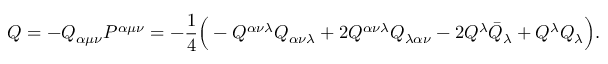
Q = - Q _ { \alpha \mu \nu } P ^ { \alpha \mu \nu } = - \frac { 1 } { 4 } \Big ( - Q ^ { \alpha \nu \lambda } Q _ { \alpha \nu \lambda } + 2 Q ^ { \alpha \nu \lambda } Q _ { \lambda \alpha \nu } - 2 Q ^ { \lambda } \bar { Q } _ { \lambda } + Q ^ { \lambda } Q _ { \lambda } \Big ) .